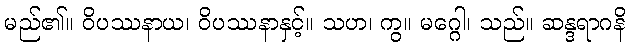
မည်၏။ ဝိပဿနာယ၊ ဝိပဿနာနှင့်။ သဟ၊ ကွ။ မဂ္ဂေါ၊ သည်။ ဆန္ဒရာဂနိ